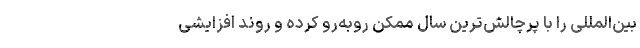
بین‌المللی را با پرچالش‌ترین سال ممکن روبه‌رو کرده و روند افزایشی